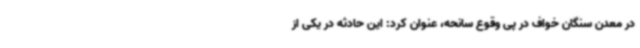
در معدن سنگان خواف در پی وقوع سانحه، عنوان کرد: این حادثه در یکی از